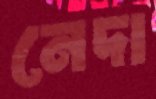
নেদা